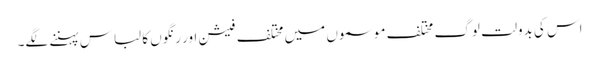
اس کی بدولت لوگ مختلف موسموں میں مختلف فیشن اور رنگوں کا لباس پہننے لگے۔